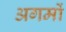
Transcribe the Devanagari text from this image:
अगमों